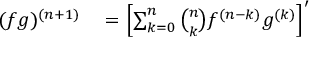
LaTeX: \begin{array} { r l } { ( f g ) ^ { ( n + 1 ) } } & { { } = \left[ \sum _ { k = 0 } ^ { n } { \binom { n } { k } } f ^ { ( n - k ) } g ^ { ( k ) } \right] ^ { \prime } } \end{array}